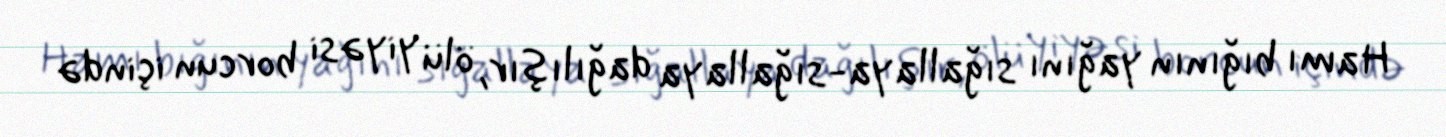
Hamı bığının yağını sığallaya-sığallaya dağılışır, ölü yiyəsi borcun içində